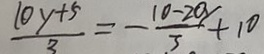
\frac { 1 0 y + 5 } { 3 } = - \frac { 1 0 - 2 0 y } { 3 } + 1 0